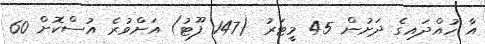
އާ ހުއްދައިގެ ދަށުން 45 މީޓަރު (147 ފޫޓު) އަށްވުރެ އުސްކޮށް 60